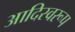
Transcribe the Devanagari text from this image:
आदिस्वरूप